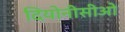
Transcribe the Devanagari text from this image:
दियोनीसीओ